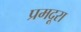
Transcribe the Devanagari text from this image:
प्रमदूरा